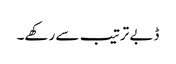
ڈبے ترتیب سے رکھے۔